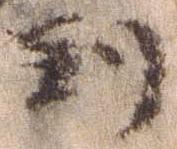
判